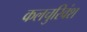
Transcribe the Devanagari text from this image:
कलचुरिवंश